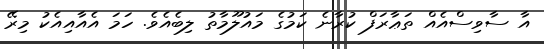
އާ ސާވިސްއެއް ތަޢާރަފް ކުރާނެ ކަމުގެ މައުލޫމާތު ލިބެއެވެ. ހަމަ އެއާއިއެކު މިރޭ